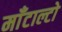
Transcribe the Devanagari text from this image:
माँटाल्टो